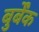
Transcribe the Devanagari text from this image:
बुर्बेंक